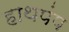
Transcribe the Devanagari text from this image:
हाथपंप